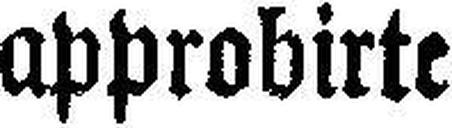
approbirte